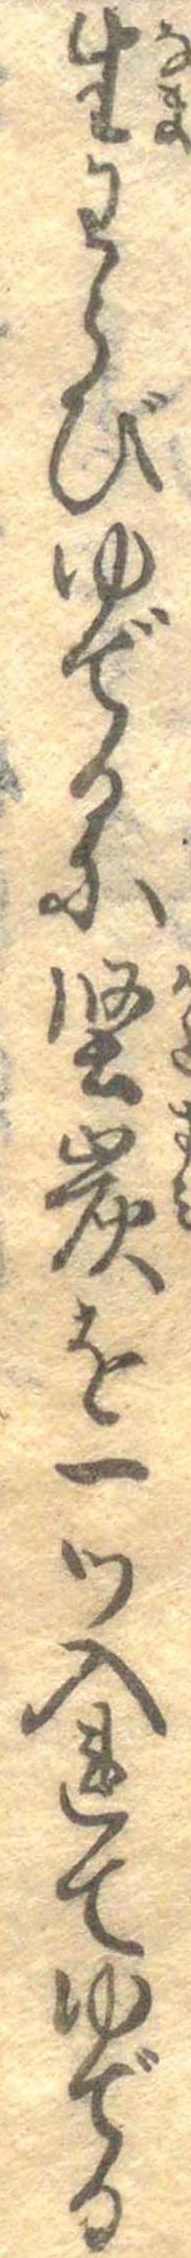
生わらびゆでるに堅炭を一つ入れてゆでる